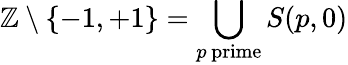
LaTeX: \mathbb{Z}\setminus\{ -1,+1\} =\bigcup_{p\mathrm{\, prime}}S(p,0)